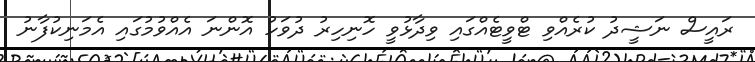
ރައީސް ނަޝީދު ކުރެއްވި ޓްވީޓެއްގައި ވިދާޅުވީ ހޮނިހިރު ދުވަހު އޮންނަ އެއްވުމުގައި އެމަނިކުފާނު